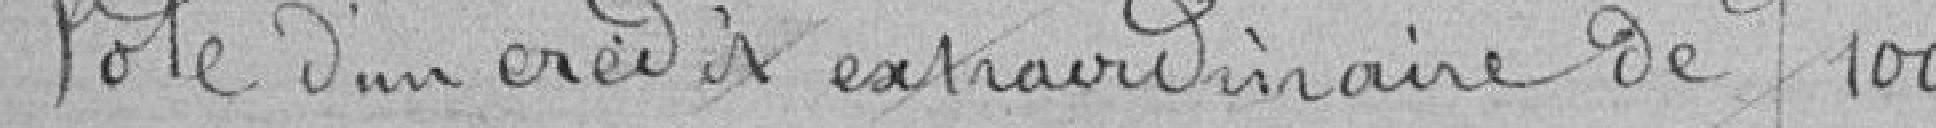
Vote d'un crédit extraordinaire de 100 francs